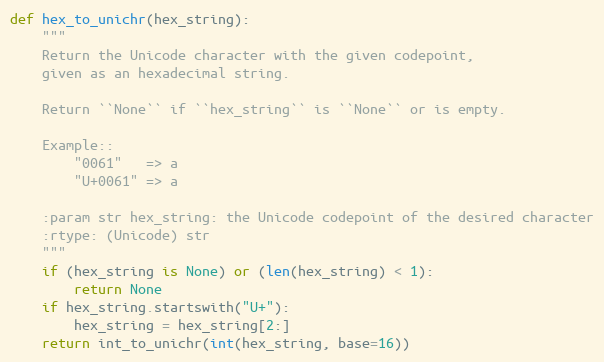
Language: Python
def hex_to_unichr(hex_string):
    """
    Return the Unicode character with the given codepoint,
    given as an hexadecimal string.

    Return ``None`` if ``hex_string`` is ``None`` or is empty.

    Example::
        "0061"   => a
        "U+0061" => a

    :param str hex_string: the Unicode codepoint of the desired character
    :rtype: (Unicode) str
    """
    if (hex_string is None) or (len(hex_string) < 1):
        return None
    if hex_string.startswith("U+"):
        hex_string = hex_string[2:]
    return int_to_unichr(int(hex_string, base=16))